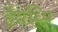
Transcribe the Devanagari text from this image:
हैयध्पि